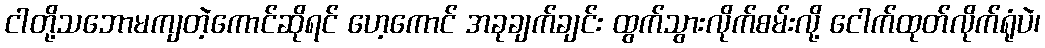
ငါတို့သဘောမကျတဲ့ကောင်ဆိုရင် ဟေ့ကောင် အခုချက်ချင်း ထွက်သွားလိုက်စမ်းလို့ ငေါက်ထုတ်လိုက်ရုံပဲ၊